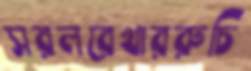
সরলরেখাররুচি